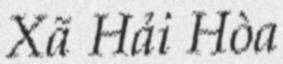
Xã Hải Hòa